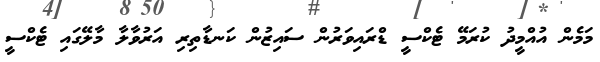
މަމެން އުއްމީދު ކުރަމޭ ޓެކްސީ ޑްރައިވަރުން ސައިޒުން ކަނޑާތިރި އަރުވާލާ މާލޭގައި ޓެކްސީ